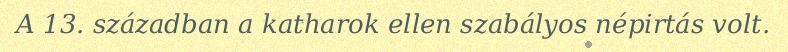
A 13. században a katharok ellen szabályos népirtás volt.